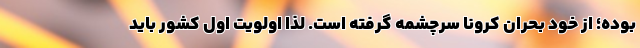
بوده؛ از خود بحران کرونا سرچشمه گرفته است. لذا اولویت اول کشور باید